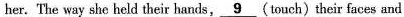
her. The way she held their hands, \underline{9} (touch) their faces and